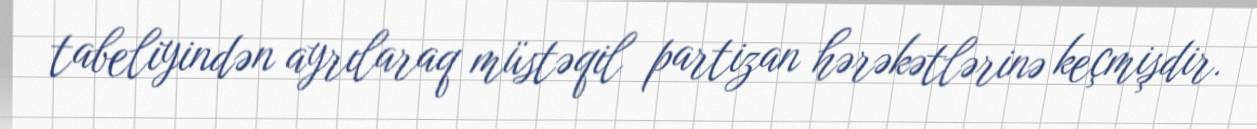
tabeliyindən ayrılaraq müstəqil partizan hərəkətlərinə keçmişdir.